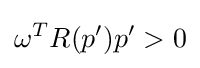
\omega ^{T}R(p')p'>0